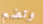
وتضع